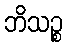
ဘိသဉ္စ